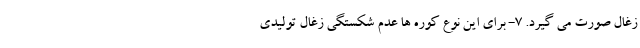
زغال صورت می گیرد. 7- برای این نوع کوره ها عدم شکستگی زغال تولیدی